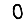
Digit: 0